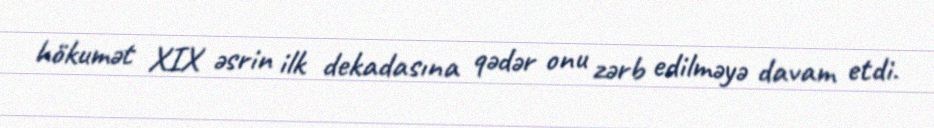
hökumət XIX əsrin ilk dekadasına qədər onu zərb edilməyə davam etdi.